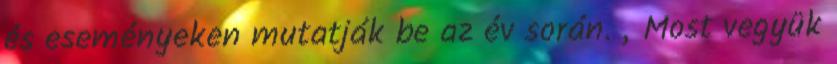
és eseményeken mutatják be az év során. „Most vegyük